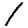
Digit: 1